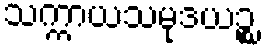
သက္ကာယသမုဒယဉ္စ